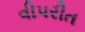
વીપરીત